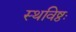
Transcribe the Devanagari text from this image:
स्थविष्ठः